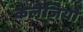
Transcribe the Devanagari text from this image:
कलेजियों